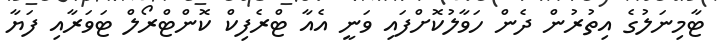
ޓާމިނަލުގެ އިތުރުން ދެން ހަވާލުކޮށްފައި ވަނީ އެއާ ޓްރެފިކް ކޮންޓްރޯލް ޓަވަރާއި ފަޔާ